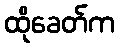
ထိုခေတ်က